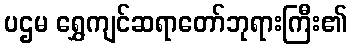
ပဌမ ရွှေကျင်ဆရာတော်ဘုရားကြီး၏